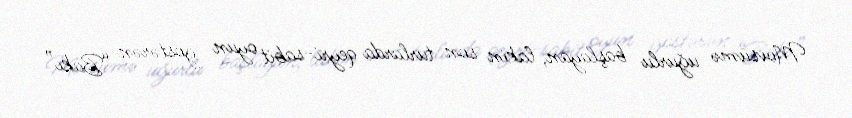
Mövsümə uğurlu başlayan, lakin son turlarda qeyri-sabit oyun göstərən “Bakı”